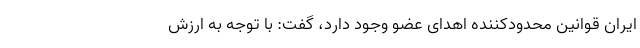
ایران قوانین محدودکننده اهدای عضو وجود دارد، گفت: با توجه به ارزش